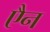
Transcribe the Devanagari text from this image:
एैन